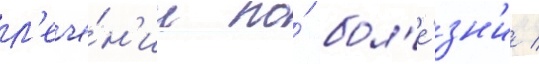
л'ече́н'ии по́ бол'е́зн'и /